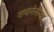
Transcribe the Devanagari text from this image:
गायलेलेल्या